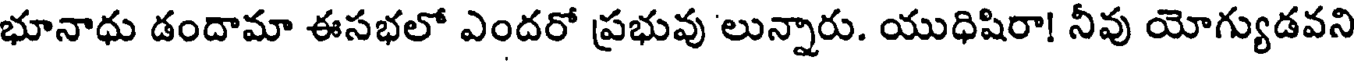
భూనాధు డందామా ఈసభలో ఎందరో ప్రభువు లున్నారు. యుధిషిరా! నీవు యోగ్యుడవని